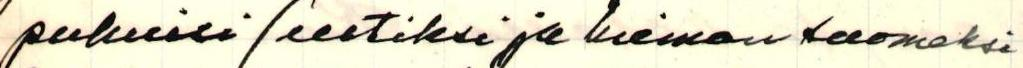
puhuisi ( eestiksi ja hieman suomeksi